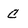
Character: C